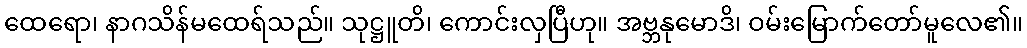
ထေရော၊ နာဂသိန်မထေရ်သည်။ သုဋ္ဌူတိ၊ ကောင်းလှပြီဟု။ အဗ္ဘနုမောဒိ၊ ဝမ်းမြောက်တော်မူလေ၏။